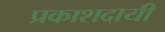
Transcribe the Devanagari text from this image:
प्रकाशदायी